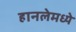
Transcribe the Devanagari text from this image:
हानलेमध्ये